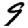
Digit: 9